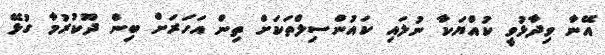
އޭނާ ވިދާޅުވީ ކުއްޔަކާ ނުލައި ކައުންސިލްތަކަށް ތިން އަހަރަށް ބިން ދޫކުރުމާ ގުޅޭ